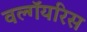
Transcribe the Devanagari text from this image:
वल्गॅयरिस